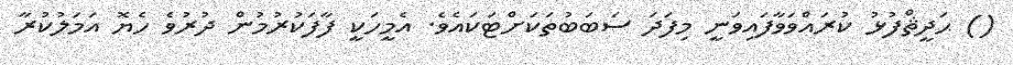
() ޙަދީޘްފުޅު ކުރައްވަވާފައިވަނީ މިފަދަ ސަބަބުތަކަށްޓަކައެވެ. އެމީހަކީ ފާފަކުރުމުން ދުރުވެ ހެޔޮ އަމަލުކުރާ